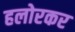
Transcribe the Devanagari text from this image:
हलोरकर